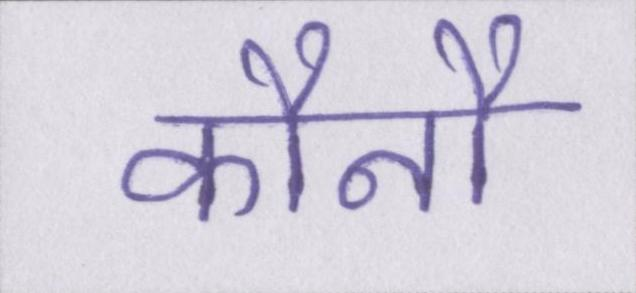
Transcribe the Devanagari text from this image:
कौनौ